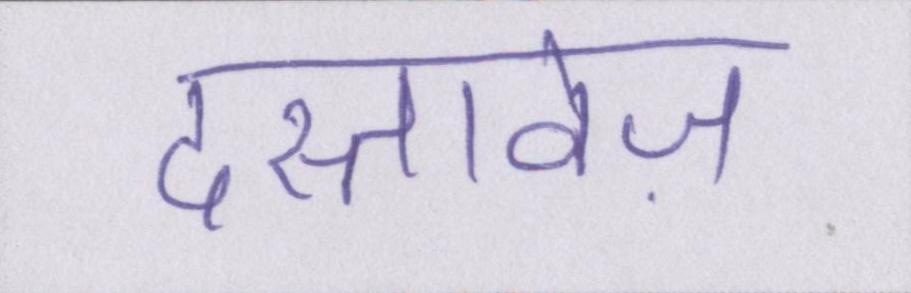
दस्तावेज़